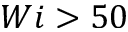
W i > 5 0